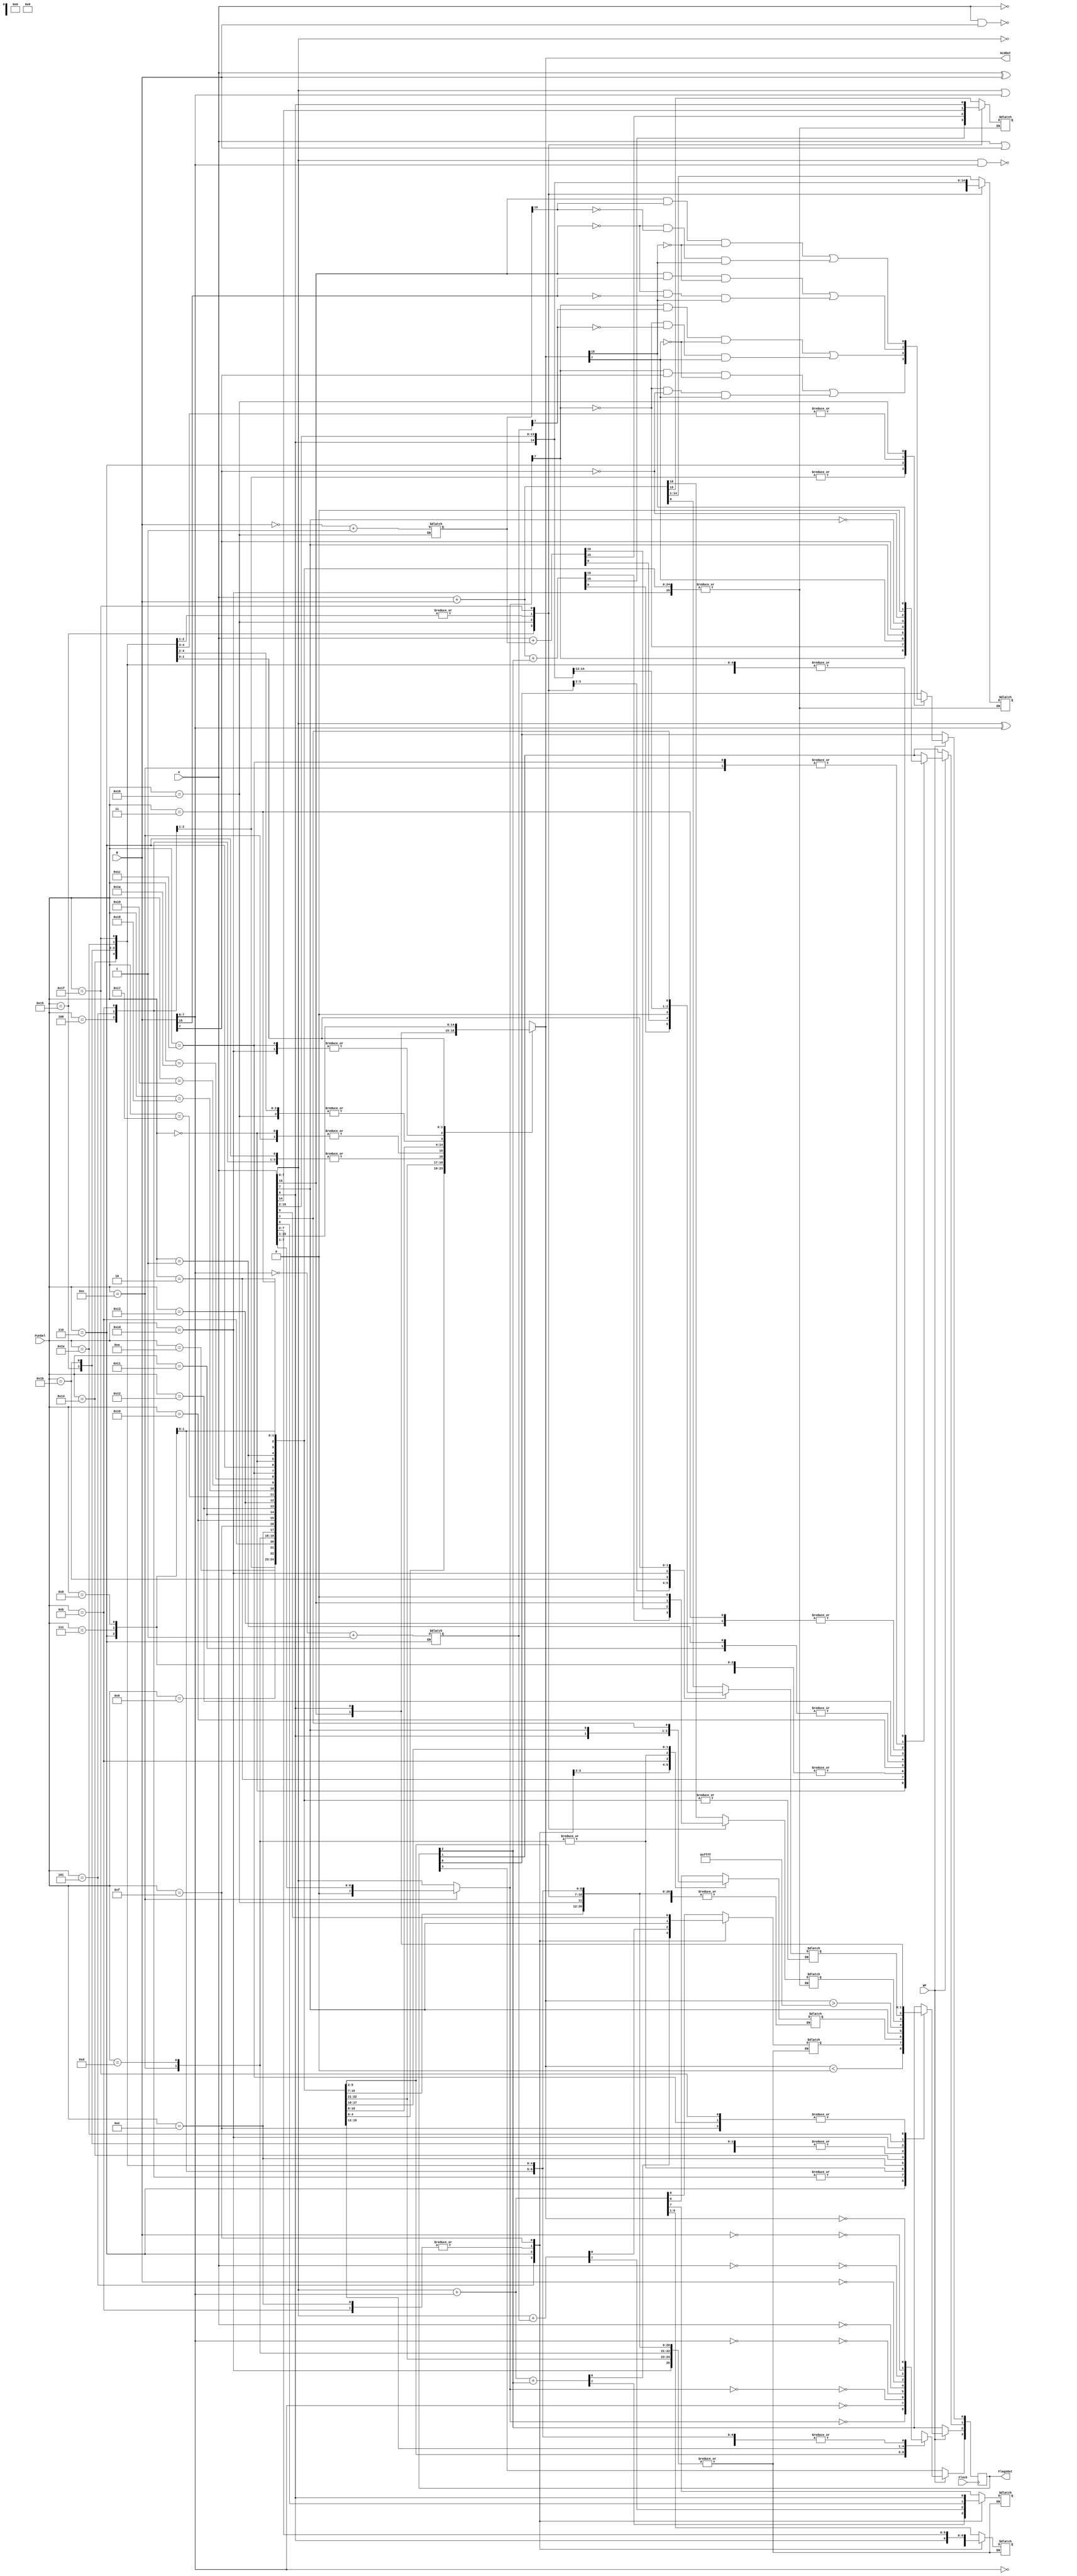
`timescale 1ns / 1ps
module ArithmeticLogicUnit(
    input wire [15:0] A ,
    input wire [15:0] B,
    input wire [4:0] FunSel,
    input Clock,
    input WF,
    output reg [15:0] ALUOut,
    output reg [3:0] FlagsOut
);
    reg [8:0] temp2;
    reg [7:0] A_s, B_s, B_s_positive;
    reg [15:0] B_positive;
    reg [16:0] temp3;
    
initial begin
    FlagsOut = 4'b0000;
end

always @(posedge Clock) begin
    if(WF==1)begin
    // Z C N O -> [3, 2, 1, 0]
    //######### 8 BIT OPERATIONS ########
    //----------------------------------
        case (FunSel)
            5'b00000: begin                      
                        FlagsOut[3] <= (A_s == 0); // Zero flag
                        FlagsOut[1] <= A_s[7]; // Negative flag
                    end
            5'b00001: begin 
                        FlagsOut[3] <= (B_s == 0); // Zero flag
                        FlagsOut[1] <= B_s[7]; // Negative flag
                    end
            5'b00010: begin
                        FlagsOut[3] <= ((~A_s) == 0); // Zero flag
                        FlagsOut[1] <= ~A_s[7]; // Negative flag
                    end
            5'b00011: begin
                        FlagsOut[3] <= ((~B_s) == 0); // Zero flag
                        FlagsOut[1] <= ~B_s[7]; // Negative flag
                    end    
            5'b00100: begin
                        FlagsOut[0] <= (A_s[7] & B_s[7] & ~ALUOut[7]) | (~A_s[7] & ~B_s[7] & ALUOut[7]); // Overflow flag
                        FlagsOut[3] <= (ALUOut == 0); // Zero flag
                        FlagsOut[1] <= ALUOut[7]; // Negative flag
                        FlagsOut[2] <= temp2[8]; // Carry flag
                    end
            5'b00101: begin
                        FlagsOut[0] <= (A_s[7] & B_s[7] & ~ALUOut[7]) | (~A_s[7] & ~B_s[7] & ALUOut[7]); // Overflow flag
                        FlagsOut[3] <= (ALUOut == 0); // Zero flag
                        FlagsOut[1] <= ALUOut[7]; // Negative flag
                        FlagsOut[2] <= temp2[8]; // Carry flag  
                    end
            5'b00110: begin
                        FlagsOut[0] <= (A_s[7] & B_s_positive[7] & ~ALUOut[7]) | (~A_s[7] & ~B_s_positive[7] & ALUOut[7]); // Overflow flag
                        FlagsOut[3] <= (ALUOut == 0); // Zero flag
                        FlagsOut[1] <= ALUOut[7]; // Negative flag
                        FlagsOut[2] <= (ALUOut < 0); // Carry flag
                    end
            5'b00111: begin
                        FlagsOut[3] <= (ALUOut == 0); // Zero flag
                        FlagsOut[1] <= ALUOut[7]; // Negative flag    
                    end
            5'b01000: begin
                        
                        FlagsOut[3] <= (ALUOut == 0); // Zero flag
                        FlagsOut[1] <= ALUOut[7]; // Negative flag
                    end
            5'b01001: begin
                        FlagsOut[3] <= (ALUOut == 0); // Zero flag
                        FlagsOut[1] <= ALUOut[7]; // Negative flag
                    end
            5'b01010: begin
                        
                        FlagsOut[3] <= (ALUOut == 0); // Zero flag
                        FlagsOut[1] <= ALUOut[7]; // Negative flag
                    end
            5'b01011: begin                                     
                        FlagsOut[3] <= (ALUOut == 0); // Zero flag
                        FlagsOut[2] <= temp2[8];
                        FlagsOut[1] <= ALUOut[7]; // Negative flag
                    end    
            5'b01100: begin 
                        FlagsOut[3] <= (ALUOut == 0); // Zero flag
                        FlagsOut[2] <= temp2[0];   
                        FlagsOut[1] <= 0; // Negative flag (always 0 after logical shift right)
                    end 
            5'b01101: begin
                        FlagsOut[3] <= (ALUOut == 0); // Zero flag
                        FlagsOut[2] <= temp2[0];
                    end 
            5'b01110: begin
                        FlagsOut[2] <= A[7];
                        FlagsOut[3] <= (ALUOut == 0); // Zero flag
                        FlagsOut[1] <= ALUOut[7]; // Negative flag
                    end 
            5'b01111: begin
                        FlagsOut[2] <= A[0];
                        FlagsOut[3] <= (ALUOut == 0); // Zero flag
                        FlagsOut[1] <= ALUOut[7]; // Negative flag
                    end
    //  ###################### 16 BIT OPERATION ####################
    // --------------------------------------------------------------
            5'b10000: begin
                        FlagsOut[3] <= (A == 0); // Zero flag
                        FlagsOut[1] <= A[7]; // Negative flag
                    end
            5'b10001: begin
                        FlagsOut[3] <= (B == 0); // Zero flag
                        FlagsOut[1] <= B[7]; // Negative flag
                    end
            5'b10010: begin
                        FlagsOut[3] <= ((~A) == 0); // Zero flag
                        FlagsOut[1] <= ~A[7]; // Negative flag
                    end
            5'b10011: begin
                        FlagsOut[3] <= ((~B) == 0); // Zero flag
                        FlagsOut[1] <= ~B[7]; // Negative flag
                    end
            5'b10100: begin
                        FlagsOut[0] <= (A[15] & B[15] & ~ALUOut[15]) | (~A[15] & ~B[15] & ALUOut[15]); // Overflow flag
                        FlagsOut[3] <= (ALUOut == 0); // Zero flag
                        FlagsOut[1] <= ALUOut[15]; // Negative flag
                        FlagsOut[2] <= (ALUOut > 65535); // Carry flag for signed addition

                    end
            5'b10101: begin
                        FlagsOut[3] <= (ALUOut == 0); // Zero flag
                        FlagsOut[2] <= temp3[16]; // Carry flag 
                        FlagsOut[1] <= ALUOut[15]; // Negative flag
                        FlagsOut[0] <= (A[15] & B[15] & ~ALUOut[15]) | (~A[15] & ~B[15] & ALUOut[15]); // Overflow flag
                    end
            5'b10110: begin
                        FlagsOut[0] <= (A[15] & B_positive[15] & ~ALUOut[15]) | (~A[15] & ~B_positive[15] & ALUOut[15]); // Overflow flag
                        FlagsOut[3] <= (ALUOut == 0); // Zero flag
                        FlagsOut[1] <= ALUOut[15]; // Negative flag
                        FlagsOut[2] <= temp3[16]; // Carry flag
                    end
            5'b10111: begin
                        FlagsOut[3] <= (ALUOut == 0); // Zero flag
                        FlagsOut[1] <= ALUOut[15]; // Negative flag   
                    end
            5'b11000: begin
                        FlagsOut[3] <= (ALUOut == 0); // Zero flag
                        FlagsOut[1] <= ALUOut[15]; // Negative flag
                    end
            5'b11001: begin
                        FlagsOut[3] <= (ALUOut == 0); // Zero flag
                        FlagsOut[1] <= ALUOut[15]; // Negative flag
                    end
            5'b11010: begin
                        FlagsOut[3] <= (ALUOut == 0); // Zero flag
                        FlagsOut[1] <= ALUOut[15]; // Negative flag
                    end
            5'b11011: begin
                        FlagsOut[2] <= temp3[16]; // Carry flag (bit shifted out)
                        FlagsOut[3] <= (ALUOut == 0); // Zero flag
                        FlagsOut[1] <= ALUOut[15]; // Negative flag
                    end
            5'b11100: begin
                        FlagsOut[2] <= A[0]; // Carry flag (bit shifted out)
                        FlagsOut[3] <= (ALUOut == 0); // Zero flag
                        FlagsOut[1] <= 0; // Negative flag (always 0 after logical shift right)
                    end
            5'b11101: begin                 
                        FlagsOut[2] <= temp3[0]; // Carry flag (bit shifted out)
                        FlagsOut[3] <= (ALUOut == 0); // Zero flag 
                    end
            5'b11110: begin                
                        FlagsOut[2] <= A[15]; // Carry flag (bit shifted out)
                        FlagsOut[3] <= (ALUOut == 0); // Zero flag
                        FlagsOut[1] <= ALUOut[15]; // Negative flag
                    end
            5'b11111: begin                 
                    FlagsOut[2] <= A[0]; // Carry flag (bit shifted out)
                    FlagsOut[3] <= (ALUOut == 0); // Zero flag
                    FlagsOut[1] <= ALUOut[15]; // Negative flag
                end
        endcase
    end
end


always @(*) begin
    A_s = A[7:0];
    B_s = B[7:0];
// Z C N O -> [3, 2, 1, 0]
//######### 8 BIT OPERATIONS ########
//----------------------------------

    case (FunSel)
        5'b00000: begin
                      ALUOut <= A_s;
                  end
        5'b00001: begin
                      ALUOut <= B_s;
                  end
        5'b00010: begin
                      ALUOut <= ~A_s;
                  end
        5'b00011: begin
                      ALUOut <= ~B_s;
                  end    
        5'b00100: begin
                     temp2 <= A_s + B_s;
                     ALUOut <= temp2[7:0];
                  end
        5'b00101: begin
                     temp2 <= A_s + B_s + FlagsOut[2]; // Add A, B, and Carry
                     ALUOut <= temp2[7:0];
                  end
        5'b00110: begin
                     B_s_positive <= (~B_s) + 8'b00000001;
                     temp2 <= A_s + B_s_positive; // Subtract B from A
                     ALUOut <= temp2[7:0];
                  end
       
        5'b00111: begin
                     ALUOut <= A_s & B_s; // Perform bitwise AND operation
                     
                  end
        5'b01000: begin
                     ALUOut <= A_s | B_s; // Perform bitwise OR operation

                  end
        5'b01001: begin
                     ALUOut <= A_s ^ B_s; // Perform bitwise XOR operation
                     

                  end
        5'b01010: begin
                     ALUOut <= ~(A_s & B_s); // Perform bitwise NAND operation
                     
                  end
        5'b01011: begin 
                     temp2 <= A_s << 1; // Perform logical shift left by 1
                     ALUOut <= temp2[7:0];
                 end    
        5'b01100: begin 
                     temp2[0] <= A_s[0]; // Perform logical shift right by 1
                     A_s <= A_s >> 1;
                     ALUOut <= A_s;
                  end 
        5'b01101: begin
                     temp2[0] <= A_s[0];
                     ALUOut <= A_s >>> 1; // Perform arithmetic shift right by 1
                
                 end 
        5'b01110: begin
                     temp2 = A << 1; // Carry flag
                     temp2[0] = temp2[8];
                     ALUOut <= temp2[7:0]; // Perform circular shift left by 1                
                 end 
        5'b01111: begin
                     temp2 = A >> 1; // Carry flag
                     temp2[7] = A[0];
                     ALUOut <= temp2[7:0]; // Perform circular shift right by 1         
                 end
                 
//  ###################### 16 BIT OPERATION ####################
// --------------------------------------------------------------

        5'b10000: begin
                    ALUOut <= A;

                end
        5'b10001: begin
                    ALUOut <= B;

                end
        5'b10010: begin
                    ALUOut <= ~A;

                end
        5'b10011: begin
                    ALUOut <= ~B;

                end
        5'b10100: begin
                    temp3 <= A + B;  
                    ALUOut <= temp3[15:0];

                end
        5'b10101: begin
                    temp3 <= A + B + FlagsOut[2]; // Add A, B, and Carry
                    ALUOut <= temp3[15:0];

                end
        5'b10110: begin
                    B_positive <= (~B) + 16'b0000000000000001;
                    temp3 <= A + B_positive; // Subtract B from A
                    ALUOut <= temp3[15:0];
                end
        5'b10111: begin
                    ALUOut <= A & B; // Perform bitwise AND operation

                end
        5'b11000: begin
                    ALUOut <= A | B; // Perform bitwise OR operation
                    
                end
        5'b11001: begin
                    ALUOut <= A ^ B; // Perform bitwise XOR operation

                end
        5'b11010: begin
                    ALUOut <= ~(A & B); // Perform bitwise NAND operation

                end
        5'b11011: begin
                    temp3 <= A << 1; // Perform logical shift left by 1
                    ALUOut <= temp3[15:0];
                end
        5'b11100: begin           
                ALUOut <= A >> 1; // Perform logical shift right by 1    
                end
        5'b11101: begin
                    temp3[0] <= A[0];
                    ALUOut <= A >>> 1; // Perform arithmetic shift right by 1
    
                end
        5'b11110: begin
                    temp3 = A << 1;
                    temp3[0] = A[15];
                    ALUOut <= temp3[15:0]; // Perform circular shift left by 1                                    
                end
        5'b11111: begin
                    temp3 = A >> 1;
                    temp3[15] = A[0]; // Carry flag
                    ALUOut <= temp3[15:0]; // Perform circular shift right by 1                     
                    
                end
    endcase
end


endmodule